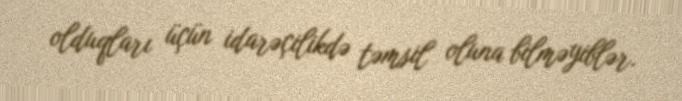
olduqları üçün idarəçilikdə təmsil oluna bilməyiblər.